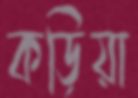
কড়িয়া